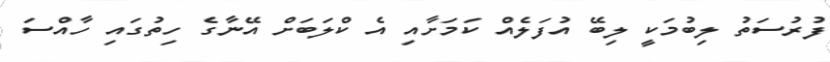
ފުރުސަތު ލިބުމަކީ ލިބޭ އުފަލެއް ކަމަށާއި އެ ކްލަބަށް އޭނާގެ ހިތުގައި ހާއްސަ